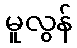
မူလွန်